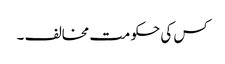
کس کی حکومت مخالف ۔